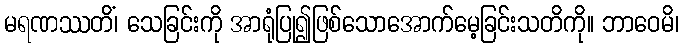
မရဏဿတိံ၊ သေခြင်းကို အာရုံပြု၍ဖြစ်သောအောက်မေ့ခြင်းသတိကို။ ဘာဝေမိ၊